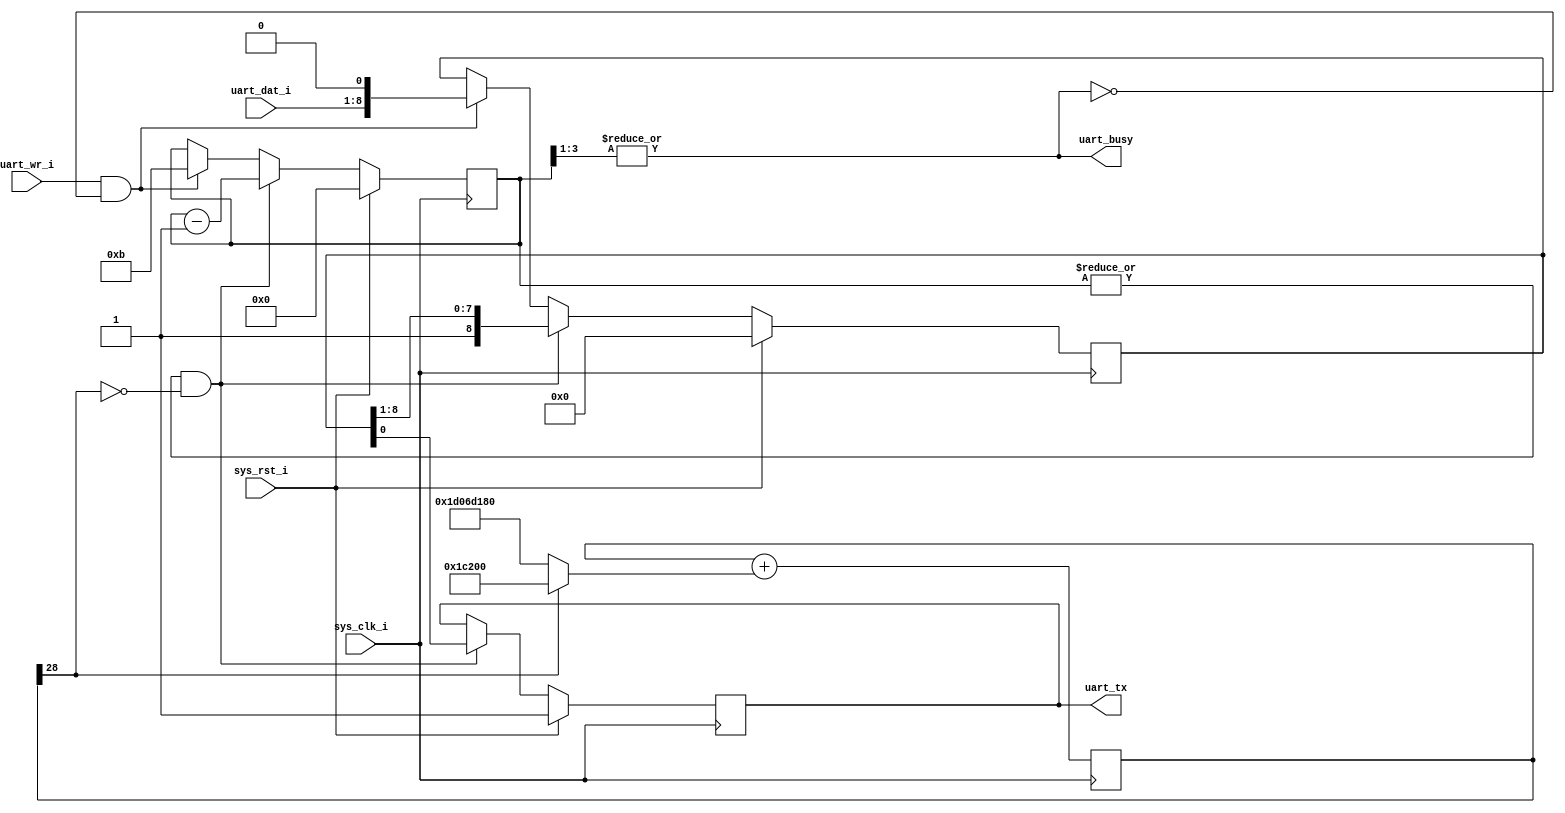
module uart(
   // Outputs
   output wire uart_busy,   // High means UART is transmitting
   output reg uart_tx,     // UART transmit wire
   // Inputs
   input uart_wr_i,   // Raise to transmit byte
   input [7:0]uart_dat_i,  // 8-bit data
   input sys_clk_i,   // System clock, 68 MHz
   input sys_rst_i    // System reset
);

  reg [3:0] bitcount;
  reg [8:0] shifter;

  assign uart_busy = |bitcount[3:1];
  assign sending = |bitcount;

  // sys_clk_i is 50MHz.  We want a 115200Hz clock

  reg [28:0] d;
  wire [28:0] dInc = d[28] ? (115200) : (115200 - 50000000);
  wire [28:0] dNxt = d + dInc;
  always @(posedge sys_clk_i)
  begin
    d = dNxt;
  end
  wire ser_clk = ~d[28]; // this is the 115200 Hz clock

  always @(posedge sys_clk_i)
  begin
    if (sys_rst_i) begin
      uart_tx <= 1;
      bitcount <= 0;
      shifter <= 0;
    end else begin
      // just got a new byte
      if (uart_wr_i & ~uart_busy) begin
        shifter <= { uart_dat_i[7:0], 1'h0 };
        bitcount <= (1 + 8 + 2);
      end

      if (sending & ser_clk) begin
        { shifter, uart_tx } <= { 1'h1, shifter };
        bitcount <= bitcount - 1;
      end
    end
  end

endmodule